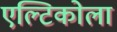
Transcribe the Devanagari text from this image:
एल्टिकोला